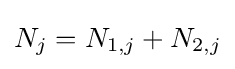
N_{j}=N_{1,j}+N_{2,j}